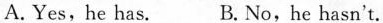
A.Yes, he has. B.No,he hasn't.